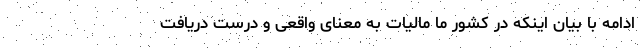
ادامه با بیان اینکه در کشور ما مالیات به معنای واقعی و درست دریافت